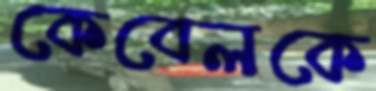
কেবেলকে